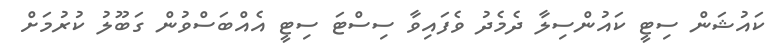
ކައުޝަން ސިޓީ ކައުންސިލާ ދެމެދު ވެފައިވާ ސިސްޓަ ސިޓީ އެއްބަސްވުން ގަބޫލު ކުރުމަށް